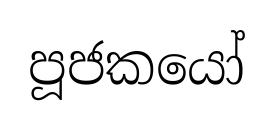
පූජකයෝ